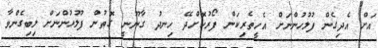
އަށް އެދިގެން ފުލުހުންނަށް އެހީތެރިކަން ފޯރުކޮށްދޭ ހިނދު ގާނޫނީ ގޮތުން ފުލުހުންނަށް ލިބިގެންވާ